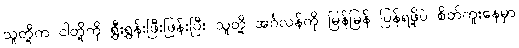
သူတို့က ငါတို့ကို ရွှီးရွှန်းဖြီးဖြန်းပြီး သူတို့ အင်္ဂလန်ကို မြန်မြန် ပြန်ရဖို့ပဲ စိတ်ကူးနေမှာ